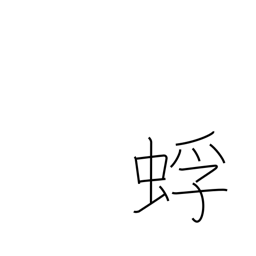
Meaning: kind of ant